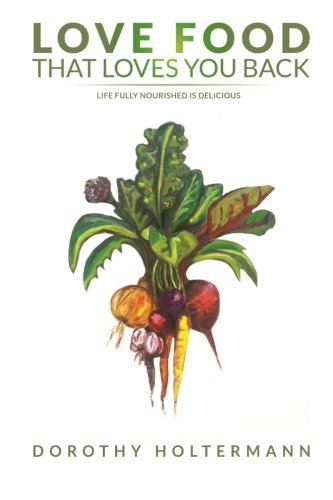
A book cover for Love Food that Loves You Back: Life Fully Nourished is Delicious; Dorothy Holtermann; Health, Fitness & Dieting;